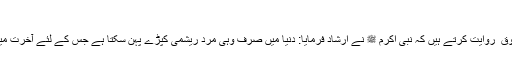
بخاری، مسلم
* حضرت عمر فاروق ؓ روایت کرتے ہیں کہ نبی اکرم ﷺ نے ارشاد فرمایا: دنیا میں صرف وہی مرد ریشمی کپڑے پہن سکتا ہے جس کے لئے آخرت میں کوئی حصہ نہیں۔